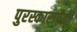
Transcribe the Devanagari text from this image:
पुरस्कारापैकी